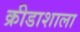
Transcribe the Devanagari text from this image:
क्रीडाशाला